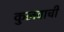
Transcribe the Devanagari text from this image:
कुलवाची